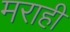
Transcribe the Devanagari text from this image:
मराही